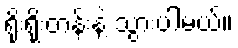
ရိုးရိုးတန်းနဲ့ သွားပါမယ်။